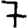
Digit: 7